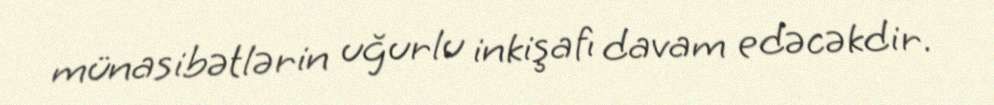
münasibətlərin uğurlu inkişafı davam edəcəkdir.